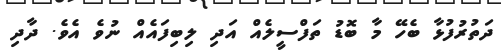
ދަތުރުފުޅާ ބެހޭ މާ ބޮޑު ތަފްސީލެއް އަދި ލިބިފައެއް ނުވެ އެވެ. ދާދި